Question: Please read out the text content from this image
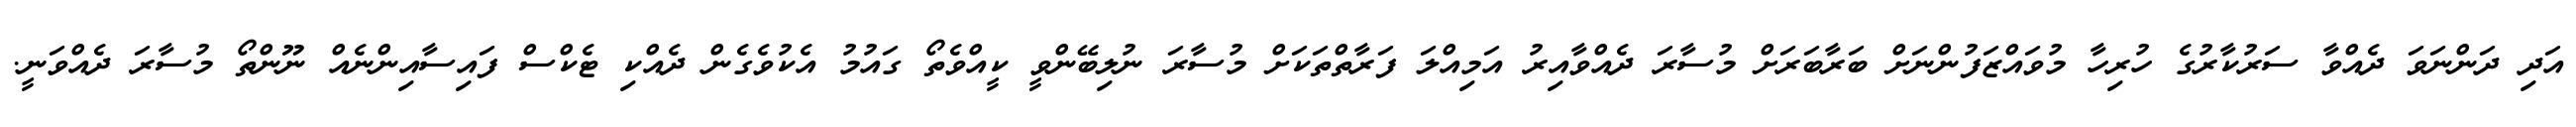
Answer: އަދި ދަންނަވަ ދެއްވާ ސަރުކާރުގެ ހުރިހާ މުވައްޒަފުންނަށް ބަރާބަރަށް މުސާރަ ދެއްވާއިރު އަމިއްލަ ފަރާތްތަކަށް މުސާރަ ނުލިބޭންވީ ކީއްވެތޯ ގައުމު އެކުވެގެން ދެއްކި ޓެކްސް ފައިސާއިންނެއް ނޫންތޯ މުސާރަ ދެއްވަނީ.